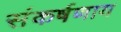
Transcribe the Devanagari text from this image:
संकर्षणाय